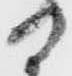
日